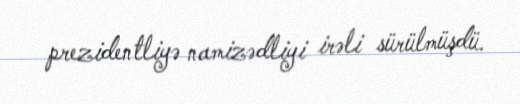
prezidentliyə namizədliyi irəli sürülmüşdü.